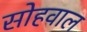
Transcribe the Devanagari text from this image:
सोहवाल